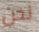
نحن